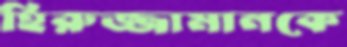
হিরুজ্জামানকে